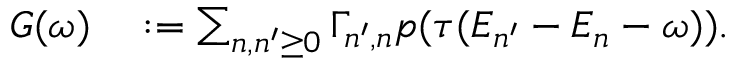
\begin{array} { r l } { G ( \omega ) } & { { } : = \sum _ { n , n ^ { \prime } \geq 0 } \Gamma _ { n ^ { \prime } , n } p ( \tau ( E _ { n ^ { \prime } } - E _ { n } - \omega ) ) . } \end{array}